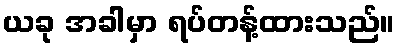
ယခု အခါမှာ ရပ်တန့်ထားသည်။